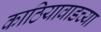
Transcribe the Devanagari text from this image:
काठियावाडच्या